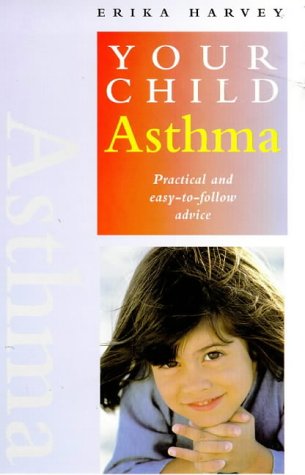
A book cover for Asthma: Practical and Easy-To-Follow Advice (Your Child Series); Erika Harvey; Health, Fitness & Dieting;